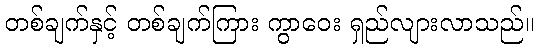
တစ်ချက်နှင့် တစ်ချက်ကြား ကွာဝေး ရှည်လျားလာသည်။